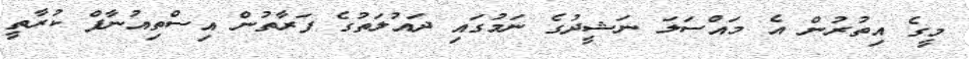
މީގެ އިތުރުން އެ މައްސަލަ ނަޝީދުގެ ނަމުގައި ދައުލަތުގެ ފަރާތުން އިސްތިއުނާފް ކުރާތީ